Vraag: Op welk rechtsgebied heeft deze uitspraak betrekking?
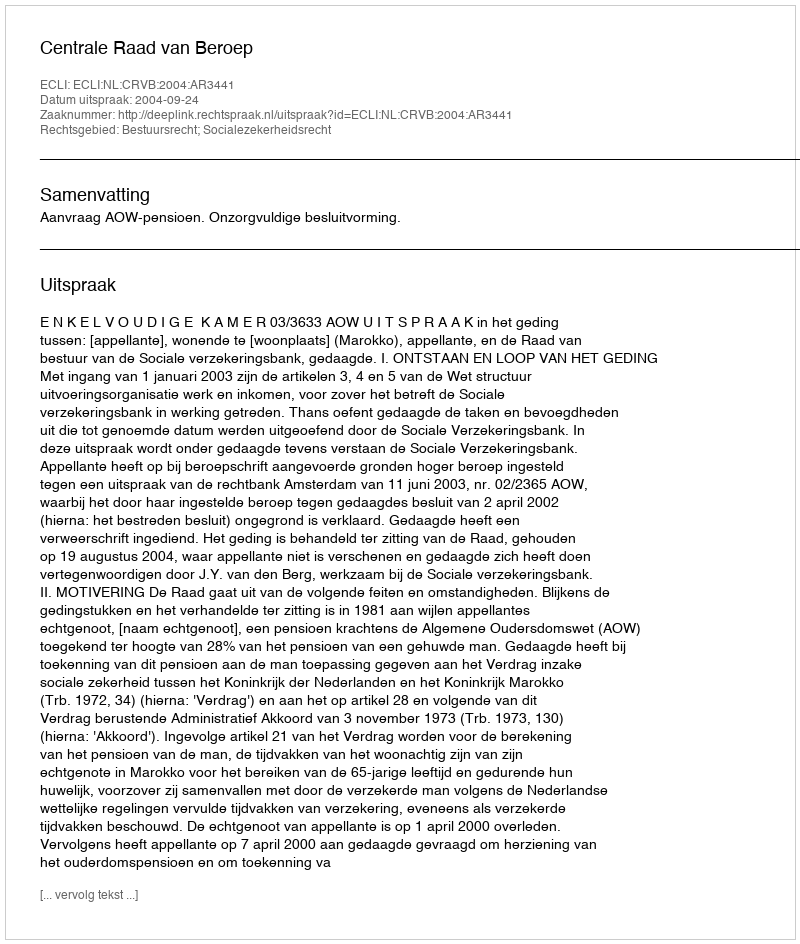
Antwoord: Bestuursrecht; Socialezekerheidsrecht